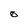
Character: O